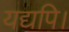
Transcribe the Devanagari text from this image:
यद्यपि।